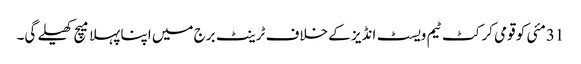
31مئی کو قومی کرکٹ ٹیم ویسٹ انڈیز کے خلاف ٹرینٹ برج میں اپنا پہلا میچ کھیلے گی۔